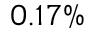
0 . 1 7 \%